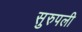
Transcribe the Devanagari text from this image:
सुरुपली